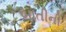
બાતીની